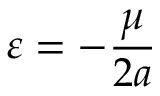
\varepsilon = - { \frac { \mu } { 2 a } }